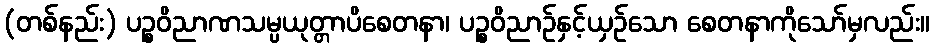
(တစ်နည်း) ပဉ္စဝိညာဏသမ္ပယုတ္တာပိစေတနာ၊ ပဉ္စဝိညာဉ်နှင့်ယှဉ်သော စေတနာကိုသော်မှလည်း။